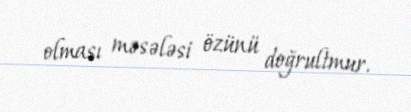
olması məsələsi özünü doğrultmur.